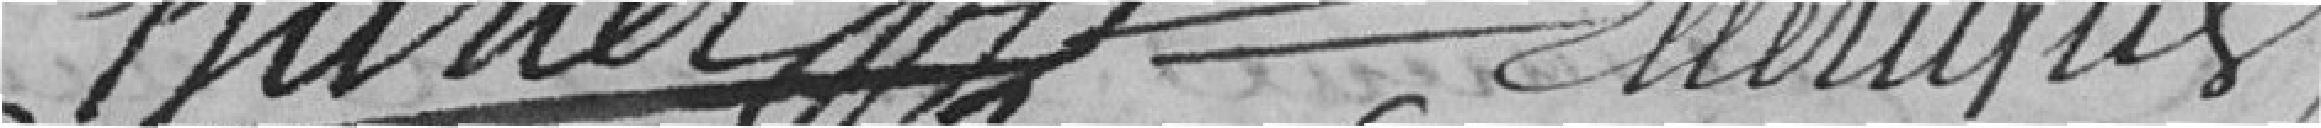
Charles Euniques